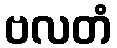
ဗလတံ